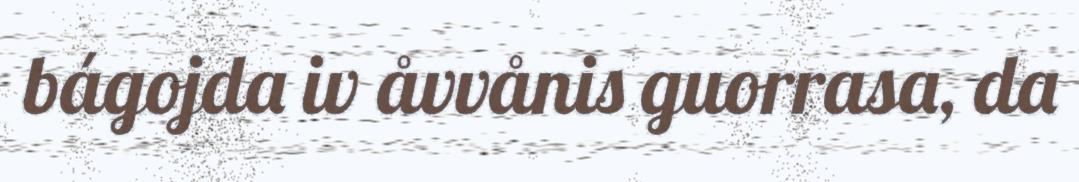
bágojda iv åvvånis guorrasa, da